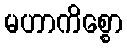
မဟာကိစ္စော